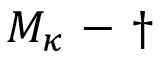
M _ { \kappa } \mathrm { ~ - ~ } \dagger